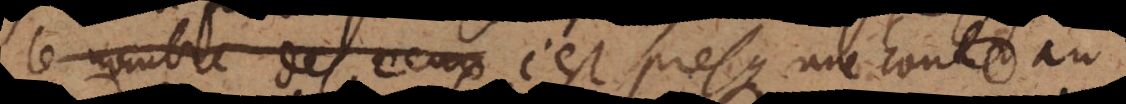
le nombre de ceux c’est presque une honte au